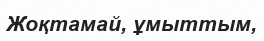
Жоқтамай, ұмыттым,